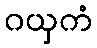
ဂယှကံ